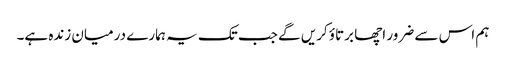
ہم اس سے ضرور اچھا برتاؤ کریں گے جب تک یہ ہمارے درمیان زندہ ہے۔